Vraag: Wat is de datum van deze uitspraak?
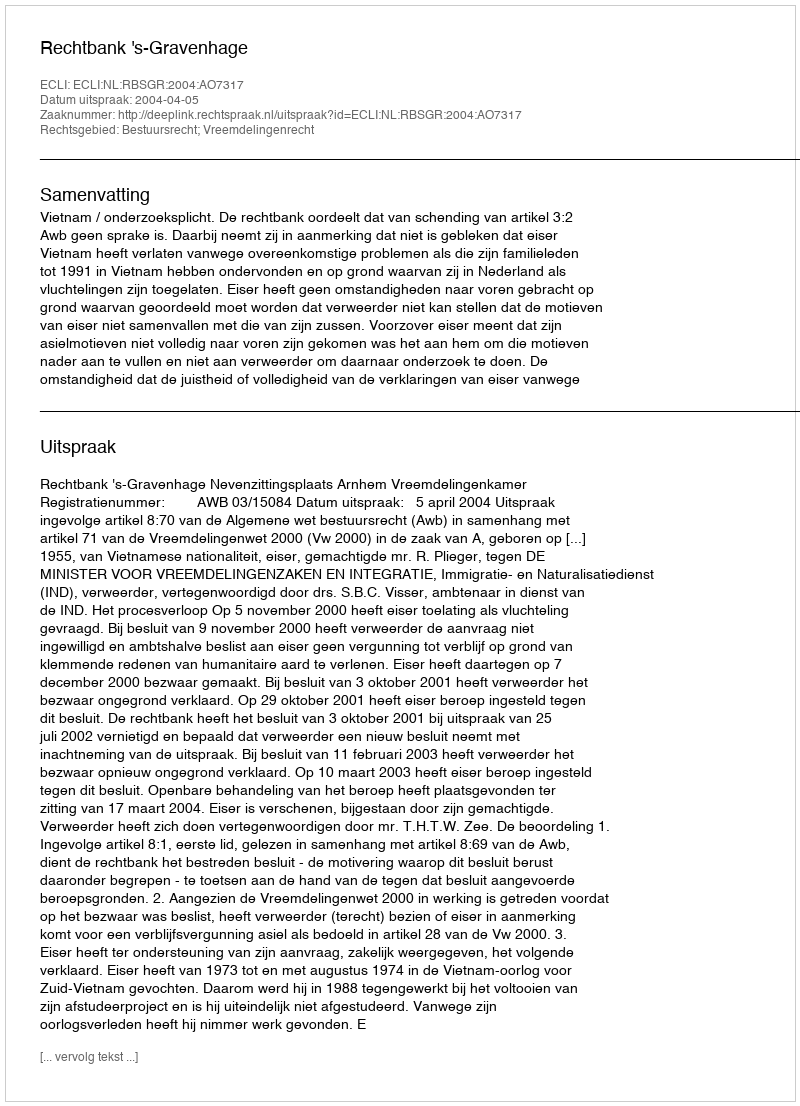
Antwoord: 2004-04-05